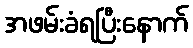
အဖမ်းခံရပြီးနောက်